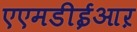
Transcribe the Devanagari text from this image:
एएमडीईआऱ